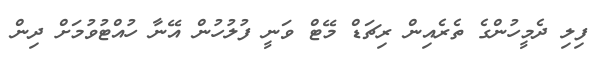
ފިލި ދެމީހުންގެ ތެރެއިން ރިޗަޑް މޭޓް ވަނީ ފުލުހުން އޭނާ ހުއްޓުވުމަށް ދިން